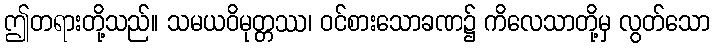
ဤတရားတို့သည်။ သမယဝိမုတ္တဿ၊ ဝင်စားသောခဏ၌ ကိလေသာတို့မှ လွတ်သော